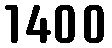
1400